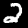
Label: 2